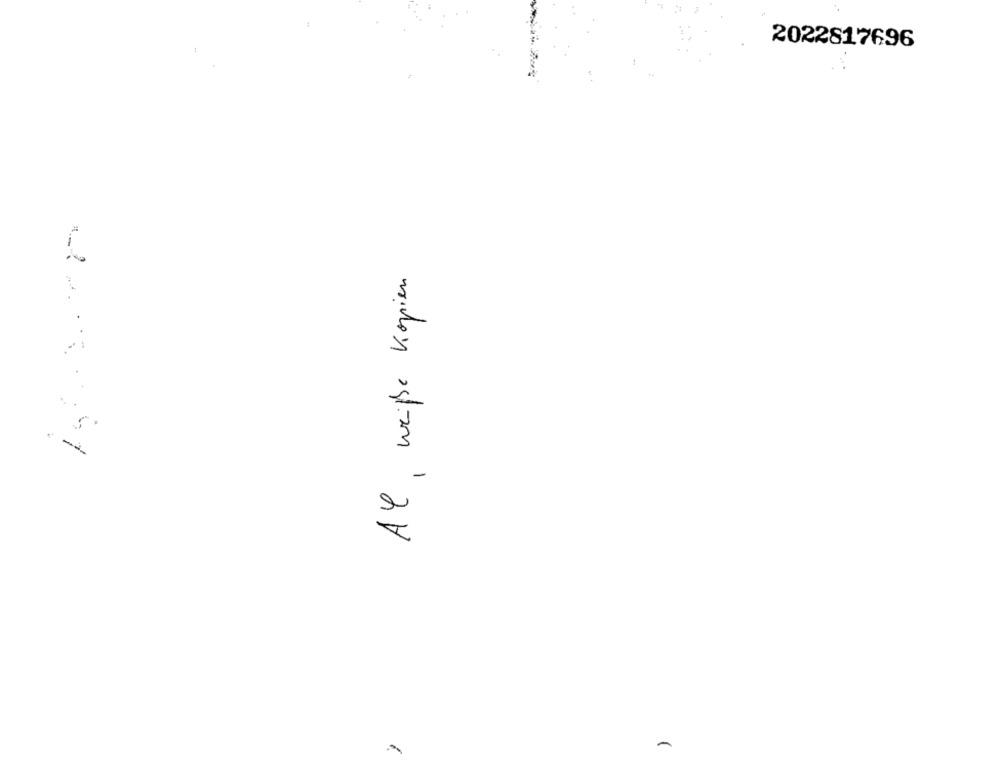
2022817696
Al, weiße Kopien
-